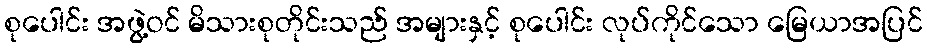
စုပေါင်း အဖွဲ့ဝင် မိသားစုတိုင်းသည် အများနှင့် စုပေါင်း လုပ်ကိုင်သော မြေယာအပြင်